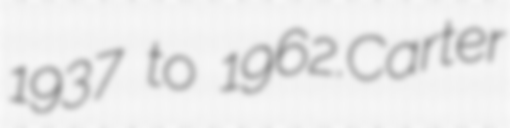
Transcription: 1937 to 1962.Carter